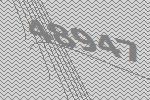
48947